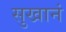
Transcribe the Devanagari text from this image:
सुखानं